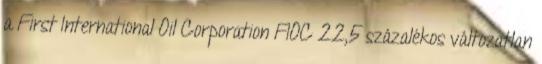
a First International Oil Corporation FIOC 22,5 százalékos változatlan